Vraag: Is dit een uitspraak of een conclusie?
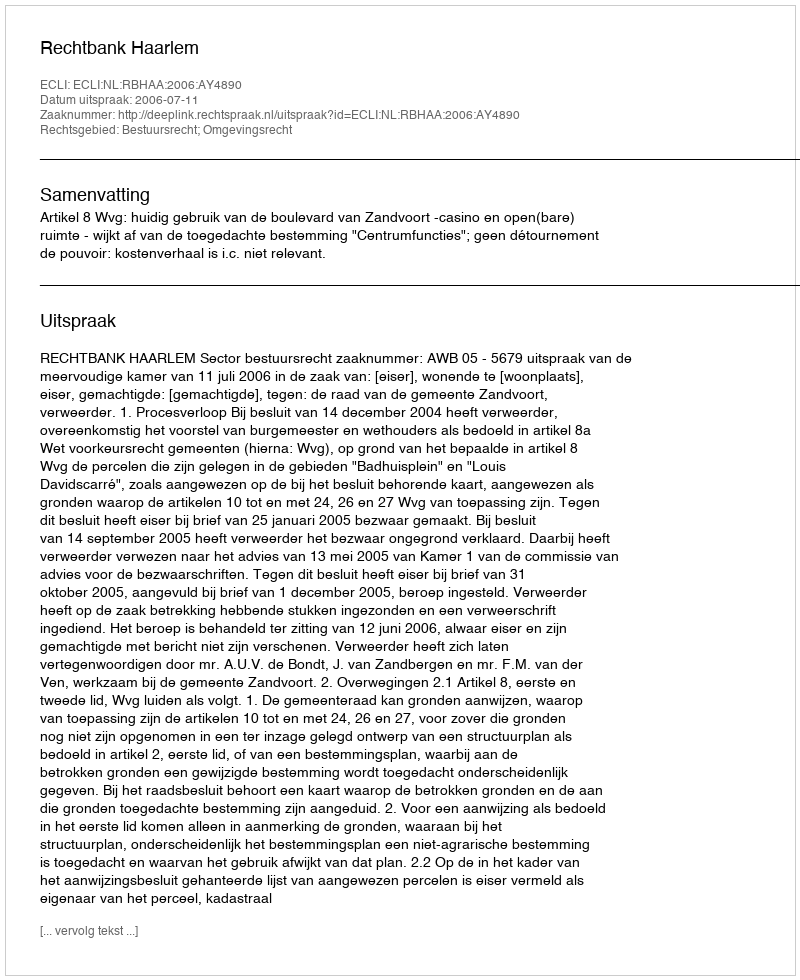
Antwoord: Uitspraak